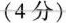
（4分）